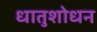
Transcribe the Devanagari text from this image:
धातुशोधन